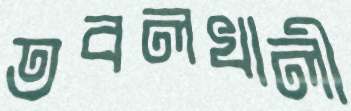
তবলখালী